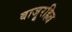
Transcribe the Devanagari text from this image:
बाजूरहित